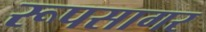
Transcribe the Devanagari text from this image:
रूपसागर